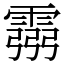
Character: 霛